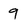
Character: 9